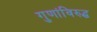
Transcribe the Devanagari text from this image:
गुणांविरुद्ध